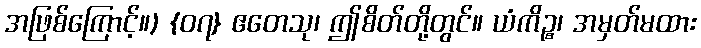
အဖြစ်ကြောင့်။) {၀၇} ဧတေသု၊ ဤစိတ်တို့တွင်။ ယံကိဉ္စ၊ အမှတ်မထား